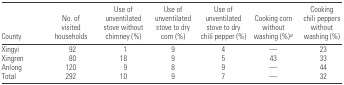
<table><thead><tr><td><b>County</b></td><td><b>No. of visited households</b></td><td><b>Use of unventilated stove without chimney (%)</b></td><td><b>Use of unventilated stove to dry corn (%)</b></td><td><b>Use of unventilated stove to dry chili pepper (%)</b></td><td><b>Cooking corn without washing (%)a</b></td><td><b>Cooking chili peppers without washing (%)</b></td></tr></thead><tbody><tr><td>Xingyi</td><td>92</td><td>1</td><td>9</td><td>4</td><td>—</td><td>23</td></tr><tr><td>Xingren</td><td>80</td><td>18</td><td>9</td><td>5</td><td>43</td><td>33</td></tr><tr><td>Anlong</td><td>120</td><td>9</td><td>8</td><td>9</td><td>—</td><td>44</td></tr><tr><td>Total</td><td>292</td><td>10</td><td>9</td><td>7</td><td>—</td><td>32</td></tr></tbody></table>